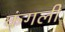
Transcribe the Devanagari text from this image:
कंगली